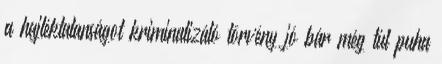
a hajléktalanságot kriminalizáló törvény jó bár még túl puha